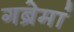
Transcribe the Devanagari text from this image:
गब्रेमां